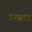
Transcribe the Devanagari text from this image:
रुतला